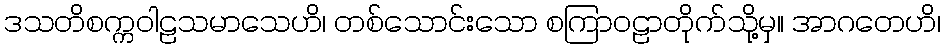
ဒသတိစက္ကဝါဠသမာသေဟိ၊ တစ်သောင်းသော စကြာဝဠာတိုက်သို့မှ။ အာဂတေဟိ၊